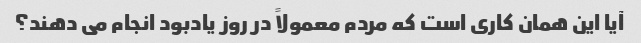
آیا این همان کاری است که مردم معمولاً در روز یادبود انجام می دهند؟